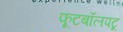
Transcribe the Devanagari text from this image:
फूटबॉलपटू